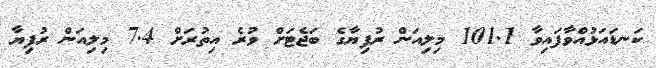
ކަނޑައަޅުއްވާފައިވާ 101.1 މިލިއަން ރުފިޔާގެ ބަޖެޓަށް ވުރެ އިތުރަށް 7.4 މިލިއަން ރުފިޔާ